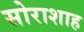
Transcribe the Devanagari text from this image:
सोराशाह